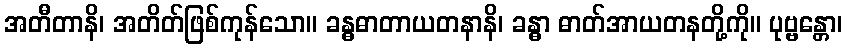
အတီတာနိ၊ အတိတ်ဖြစ်ကုန်သော။ ခန္ဓဓာတာယတနာနိ၊ ခန္ဓာ ဓာတ်အာယတနတို့ကို။ ပုဗ္ဗန္တော၊